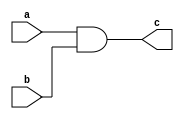
`timescale 1ns / 1ps
//////////////////////////////////////////////////////////////////////////////////
// Company: 
// Engineer: 
// 
// Design Name: 
// Module Name:    LOGICFLIP 
// Project Name: 
// Target Devices: 
// Tool versions: 
// Description: 
//
// Dependencies: 
//
// Revision: 
// Revision 0.01 - File Created
// Additional Comments: 
//
//////////////////////////////////////////////////////////////////////////////////
module LOGIC(input a,b,
output c
    );
assign c = a&b;

endmodule